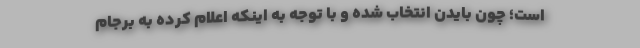
است؛ چون بایدن انتخاب شده و با توجه به اینکه اعلام کرده به برجام